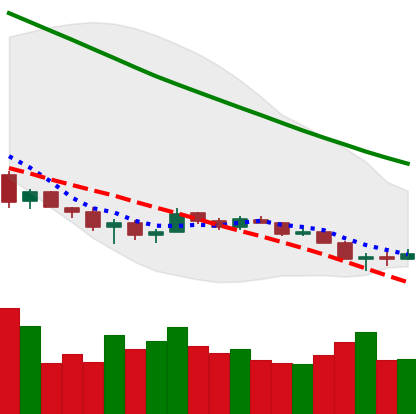
Ticker: ETH-USD
Chart end date: 2018-12-09
Forward return: -11.387%
Label: down_7plus